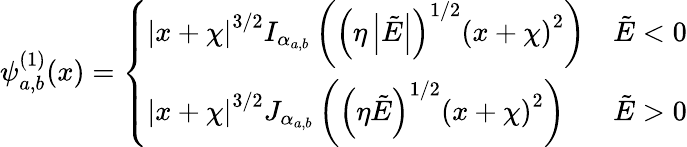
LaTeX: \psi_{a,b}^{(1)}(x)=\left\{ \begin{array}{ll}{{|x+\chi|}^{3/2}I_{\alpha_{a,b}}\left({\left(\eta\left|\tilde{E}\right|\right)}^{1/2}{(x+\chi)}^{2}\right)}&{\tilde{E}<0}\\ {{|x+\chi|}^{3/2}J_{\alpha_{a,b}}\left({\left(\eta\tilde{E}\right)}^{1/2}{(x+\chi)}^{2}\right)}&{\tilde{E}>0}\end{array}\right.